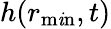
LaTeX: h(r_{\operatorname*{m\mathit{i}n}},t)